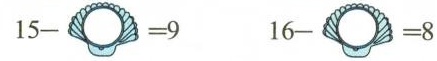
$$1 5 - = 9$$ $$1 6 - = 8$$